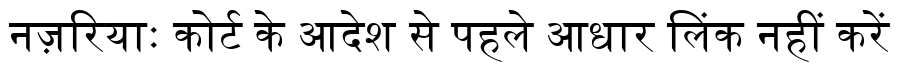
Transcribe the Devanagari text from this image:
नज़रियाः कोर्ट के आदेश से पहले आधार लिंक नहीं करें